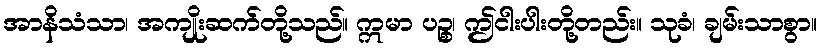
အာနိသံသာ၊ အကျိုးဆက်တို့သည်။ ဣမာ ပဉ္စ၊ ဤငါးပါးတို့တည်း။ သုခံ၊ ချမ်းသာစွာ။